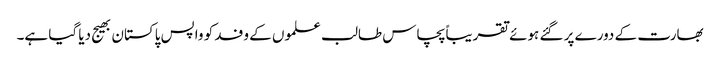
بھارت کے دورے پر گئے ہوئے تقریباً پچاس طالب علموں کے وفد کو واپس پاکستان بھیج دیا گیا ہے۔